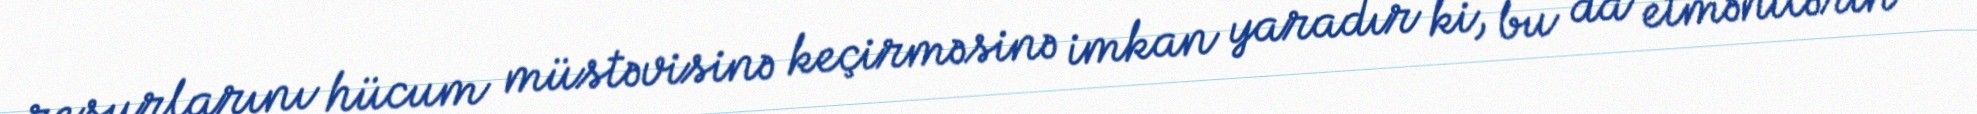
resurlarını hücum müstəvisinə keçirməsinə imkan yaradır ki, bu da etmənilərin